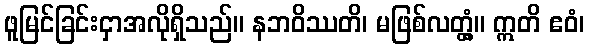
ဖူမြင်ခြင်းငှာအလိုရှိသည်။ နဘဝိဿတိ၊ မဖြစ်လတ္တံ့။ ဣတိ ဧဝံ၊